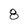
Character: 8